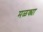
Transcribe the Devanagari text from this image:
मळक्या